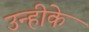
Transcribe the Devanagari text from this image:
उन्हीके